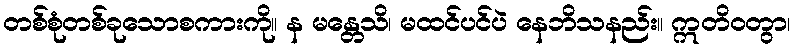
တစ်စုံတစ်ခုသောစကားကို။ န မန္တေသိ၊ မထင်ပင်ပဲ နေဘိသနည်း။ ဣတိဝတွာ၊